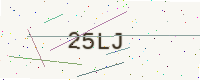
Text: 25LJ